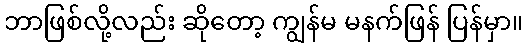
ဘာဖြစ်လို့လည်း ဆိုတော့ ကျွန်မ မနက်ဖြန် ပြန်မှာ။